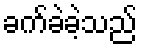
ခက်ခဲခဲ့သည်